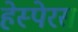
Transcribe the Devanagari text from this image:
हेस्पेरस